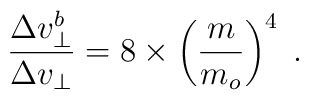
{\Delta v_\bot^b\over \Delta v_\bot}=8\times \left({m\over m_o}\right)^4\; .